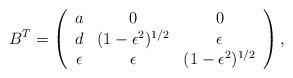
LaTeX: \begin{align*}B^T = \left( \begin{array}{ccc} a & 0 & 0 \\ d & (1 - \epsilon^2)^{1/2} & \epsilon \\ \epsilon & \epsilon & (1 - \epsilon^2)^{1/2}\end{array} \right),\end{align*}